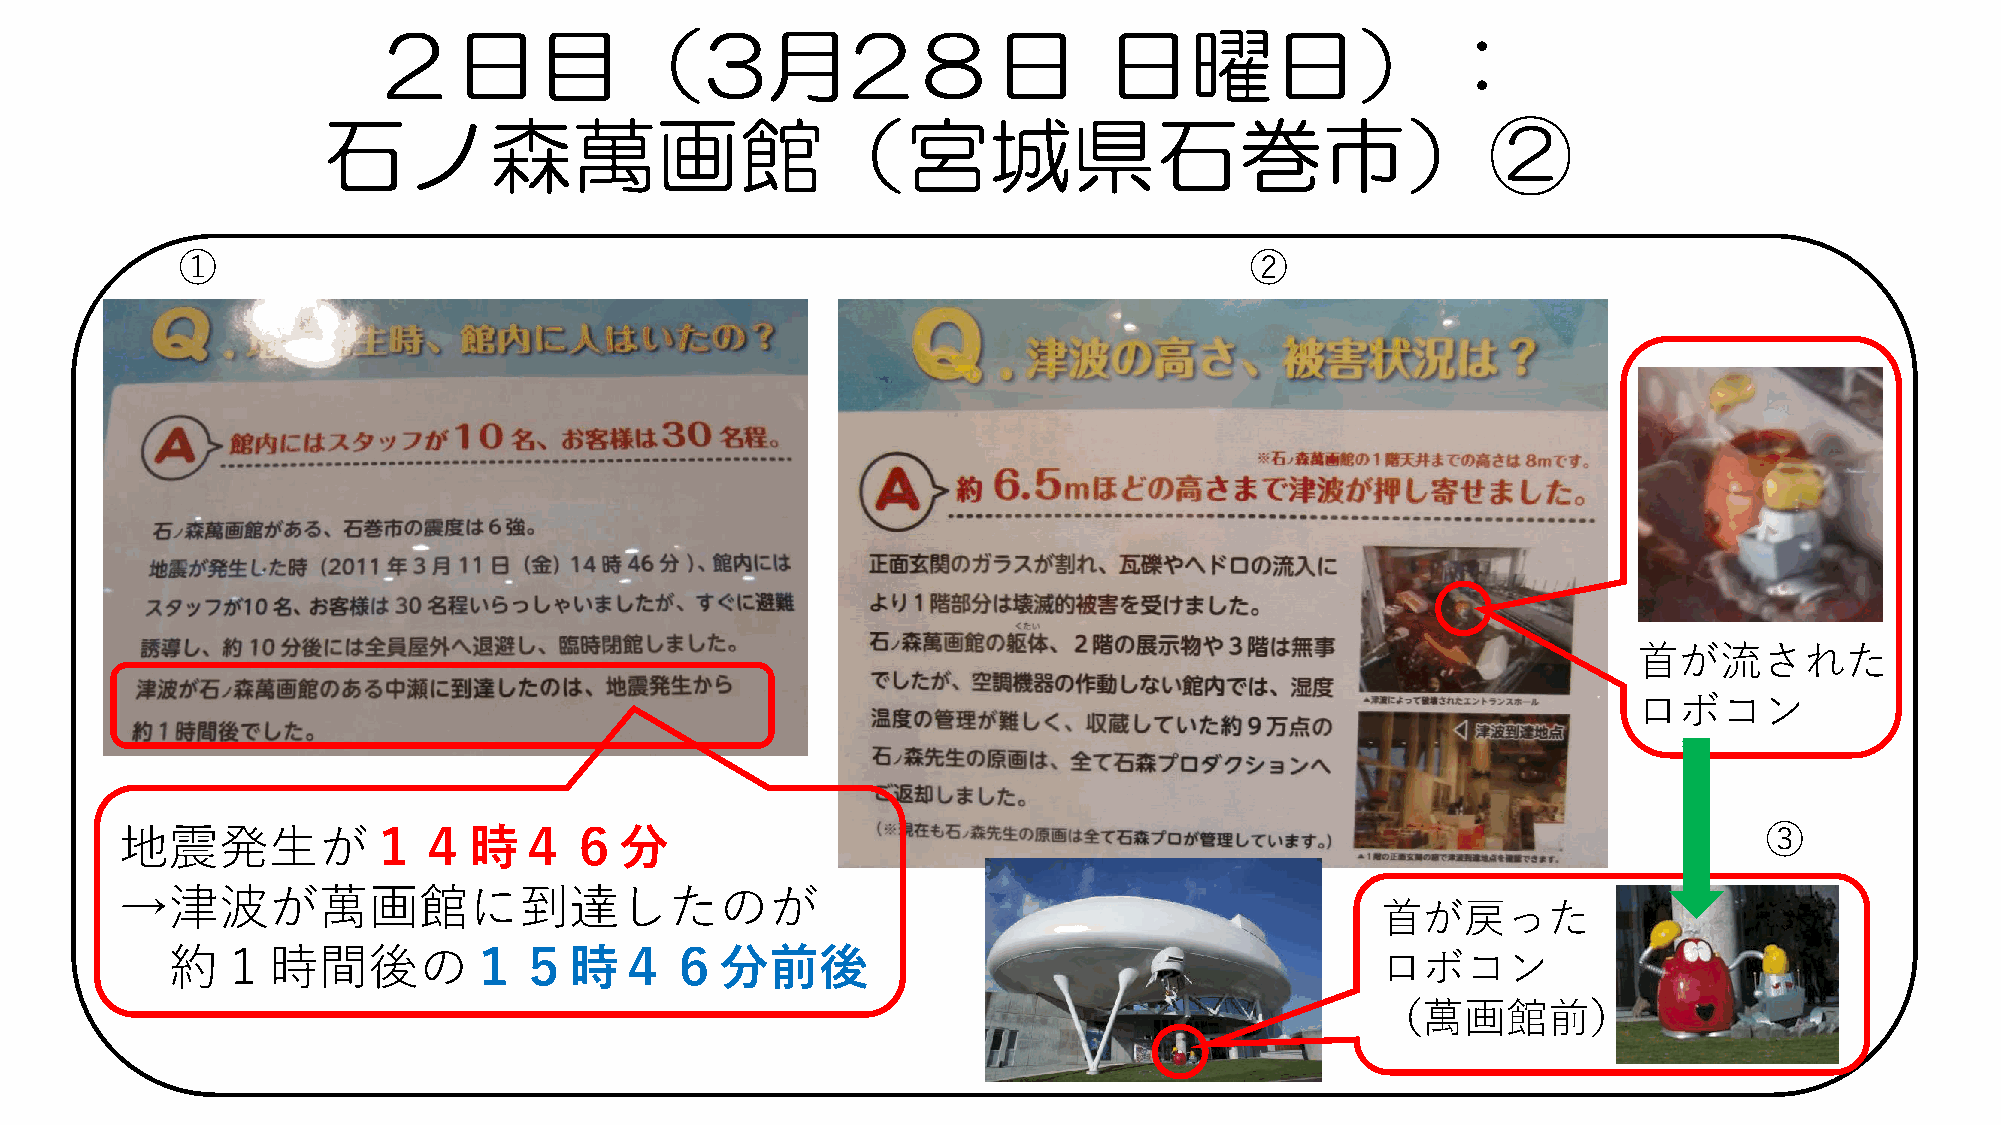
２日目（3月2８日                                       日曜日）：
 石ノ森萬画館（宮城県石巻市）②
 ①                                                                      ②
 首が流された
 ロボコン
 地震発生が１４時４６分                                                                                                  ③
 →津波が萬画館に到達したのが
 首が戻った
 約１時間後の１５時４６分前後                                                                  ロボコン
 （萬画館前）